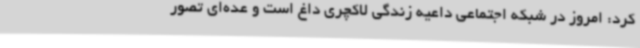
کرد: امروز در شبکه اجتماعی داعیه زندگی لاکچری داغ است و عده‌ای تصور